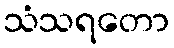
သံသရတော